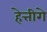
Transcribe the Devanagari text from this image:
हेत्तीगे